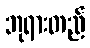
ဘုရားတည်